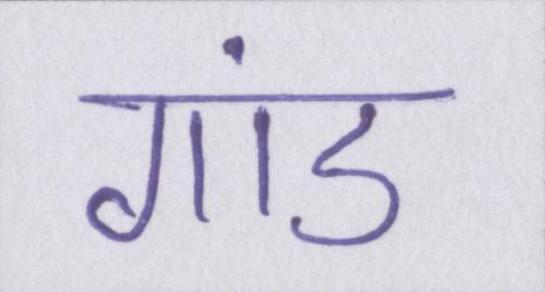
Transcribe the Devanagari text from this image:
गांड